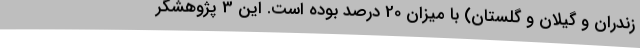
زندران و گیلان و گلستان) با میزان 20 درصد بوده است. این 3 پژوهشگر